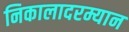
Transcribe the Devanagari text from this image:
निकालादरम्यान